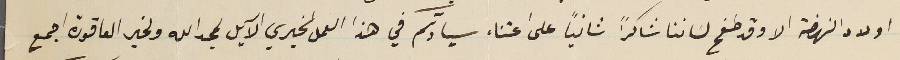
اولاد النهضة الا وقد طفح لساننا شاكراً ثانياً على اعتناء سيادتكم في هذا العمل الخيري الآيل لمجد الله ولخير العاقورة اجمع